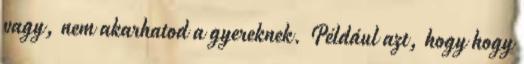
vagy, nem akarhatod a gyereknek. Például azt, hogy hogy